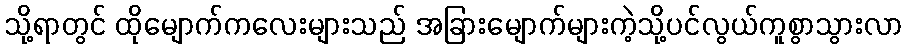
သို့ရာတွင် ထိုမျောက်ကလေးများသည် အခြားမျောက်များကဲ့သို့ပင်လွယ်ကူစွာသွားလာ